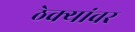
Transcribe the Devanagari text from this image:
ठेक्यांवर